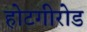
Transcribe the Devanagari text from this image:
होटगीरोड